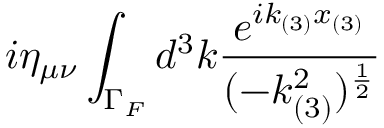
i \eta _ { \mu \nu } \int _ { \Gamma _ { F } } d ^ { 3 } k \frac { e ^ { i k _ { ( 3 ) } x _ { ( 3 ) } } } { ( - k _ { ( 3 ) } ^ { 2 } ) ^ { \frac { 1 } { 2 } } }